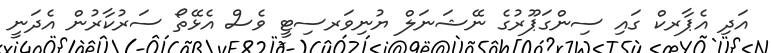
އަދި އެޕާރކް ގައި ސިންގަޕޫރުގެ ނޭޝަނަލް ޔުނިވަރސިޓީ ވެސް އެޅޭތޯ ސަރުކާރުން އެދަނީ